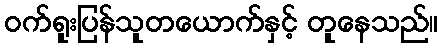
ဝက်ရူးပြန်သူတယောက်နှင့် တူနေသည်။